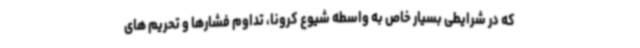
که در شرایطی بسیار خاص به واسطه شیوع کرونا، تداوم فشارها و تحریم های